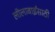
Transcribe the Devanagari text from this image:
लीलाबाईंसाठी